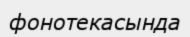
фонотекасында